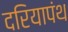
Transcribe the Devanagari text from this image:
दरियापंथ